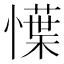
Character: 𢢲